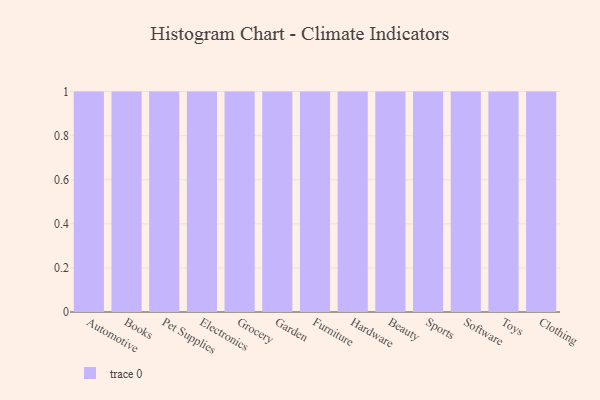
{"axis": {"x": "Category", "y": "Shipments"}, "legend": [""], "data": [{"x": "Automotive", "y": 94, "type": ""}, {"x": "Books", "y": 10, "type": ""}, {"x": "Pet Supplies", "y": 19, "type": ""}, {"x": "Electronics", "y": 19, "type": ""}, {"x": "Grocery", "y": 54, "type": ""}, {"x": "Garden", "y": 4, "type": ""}, {"x": "Furniture", "y": 81, "type": ""}, {"x": "Hardware", "y": 48, "type": ""}, {"x": "Beauty", "y": 45, "type": ""}, {"x": "Sports", "y": 77, "type": ""}, {"x": "Software", "y": 54, "type": ""}, {"x": "Toys", "y": 48, "type": ""}, {"x": "Clothing", "y": 37, "type": ""}]}